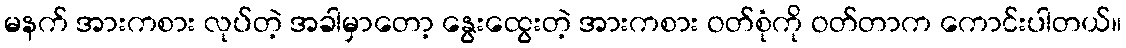
မနက် အားကစား လုပ်တဲ့ အခါမှာတော့ နွေးထွေးတဲ့ အားကစား ဝတ်စုံကို ဝတ်တာက ကောင်းပါတယ်။